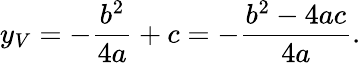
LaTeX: y_{V}=-{\frac{b^{2}}{4a}}+c=-{\frac{b^{2}-4ac}{4a}}.